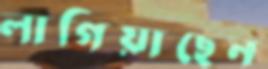
লাগিয়াছেন